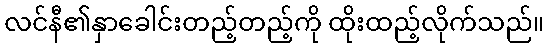
လင်နီ၏နှာခေါင်းတည့်တည့်ကို ထိုးထည့်လိုက်သည်။